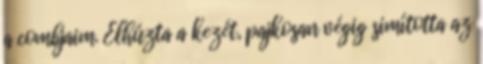
a combjaim. Elhúzta a kezét, pajkosan végig simította az